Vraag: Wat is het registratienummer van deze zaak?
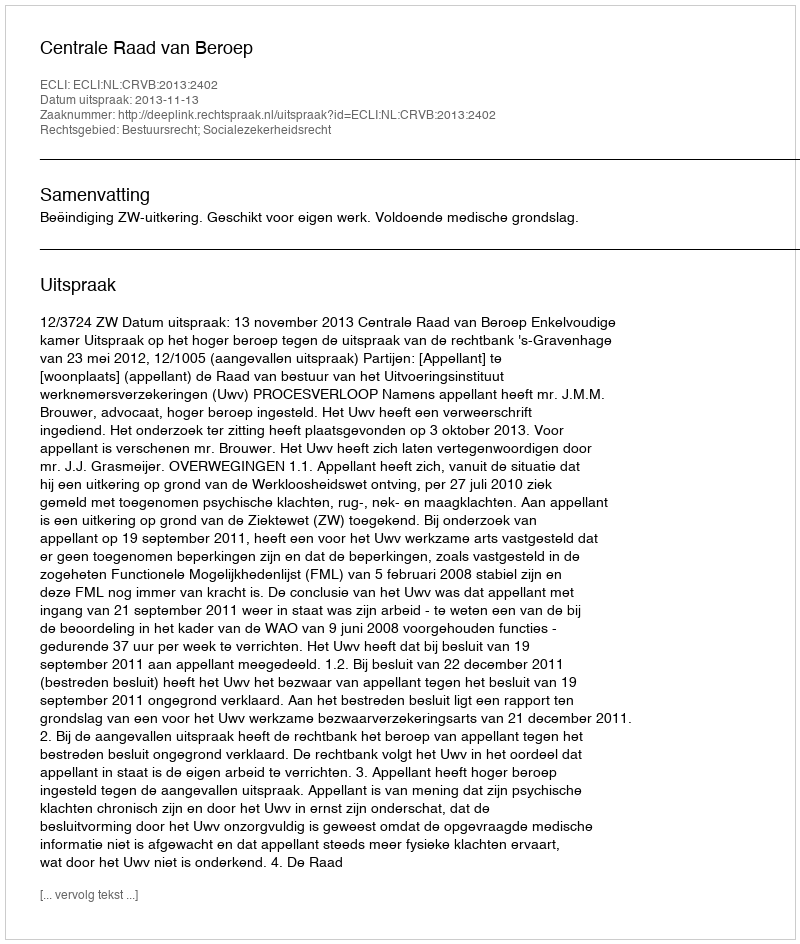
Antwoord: http://deeplink.rechtspraak.nl/uitspraak?id=ECLI:NL:CRVB:2013:2402